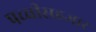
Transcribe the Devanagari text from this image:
पच्चीसहजार